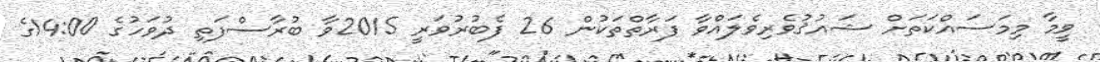
ވީމާ މިމަސައްކަތަށް ޝައުޤުވެރިވެލައްވާ ފަރާތްތަކުން 26 ފެބުރުވަރީ 2015ވާ ބުރާސްފަތި ދުވަހުގެ 14:00ގެ